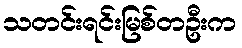
သတင်းရင်းမြစ်တဦးက